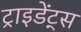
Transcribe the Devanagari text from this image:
ट्राइडेंट्स